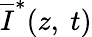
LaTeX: \overline{I}^{*}(z,\ t)